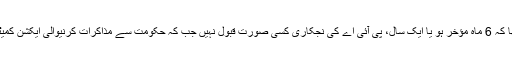
چیرمین جوائنٹ ایکشن کمیٹی کیپٹن سہیل بلوچ کا کہنا تھا کہ 6 ماہ مؤخر ہو یا ایک سال، پی آئی اے کی نجکاری کسی صورت قبول نہیں جب کہ حکومت سے مذاکرات کرنیوالی ایکشن کمیٹی سے مشورے کے بعد لائحہ عمل کا اعلان کریں گے۔